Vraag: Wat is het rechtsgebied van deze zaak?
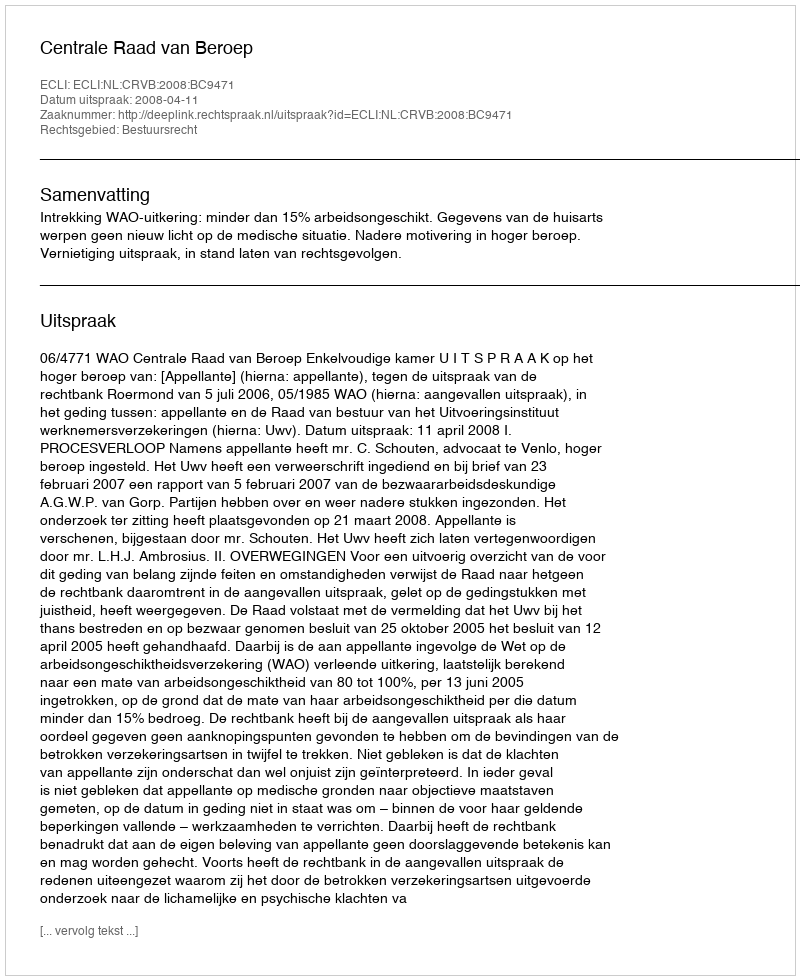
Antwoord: Bestuursrecht